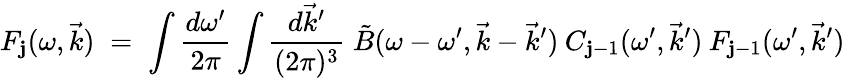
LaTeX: F_{\mathbf{j}}(\omega,\vec{{k}})\; =\; \int\frac{{d\omega^{\prime}}}{{2\pi}}\int\frac{{d\vec{{k}}^{\prime}}}{{(2\pi)^{3}}}\; \tilde{{B}}(\omega-\omega^{\prime},\vec{{k}}-\vec{{k}}^{\prime})\: C_{\mathbf{j}-1}(\omega^{\prime},\vec{{k}}^{\prime})\: F_{\mathbf{j}-1}(\omega^{\prime},\vec{{k}}^{\prime})